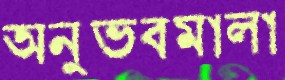
অনুভবমালা